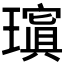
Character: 𱯰